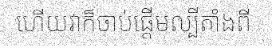
ហើយវាក៏ចាប់ផ្តើមល្បីតាំងពី